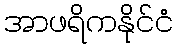
အာဖရိကနိုင်ငံ